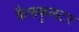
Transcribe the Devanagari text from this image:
कैलकुलटर